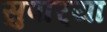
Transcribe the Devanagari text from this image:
सुपार्‍या